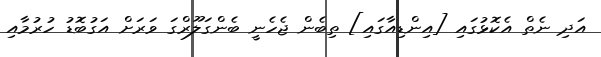
އަދި ނެތް އެކޮޅުގައި [އިންޑިއާގައި] ތިބެން ޖެހެނީ ބެންގަލޫރްގަ ވަރަށް އަގުބޮޑު ހުރުމާއި